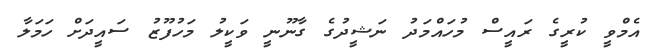
އެމްވީ ކުރީގެ ރައީސް މުހައްމަދު ނަޝީދުގެ ގާނޫނީ ވަކީލު މަހުފޫޒު ސައީދަށް ހަމަލާ